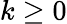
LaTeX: k\geq 0